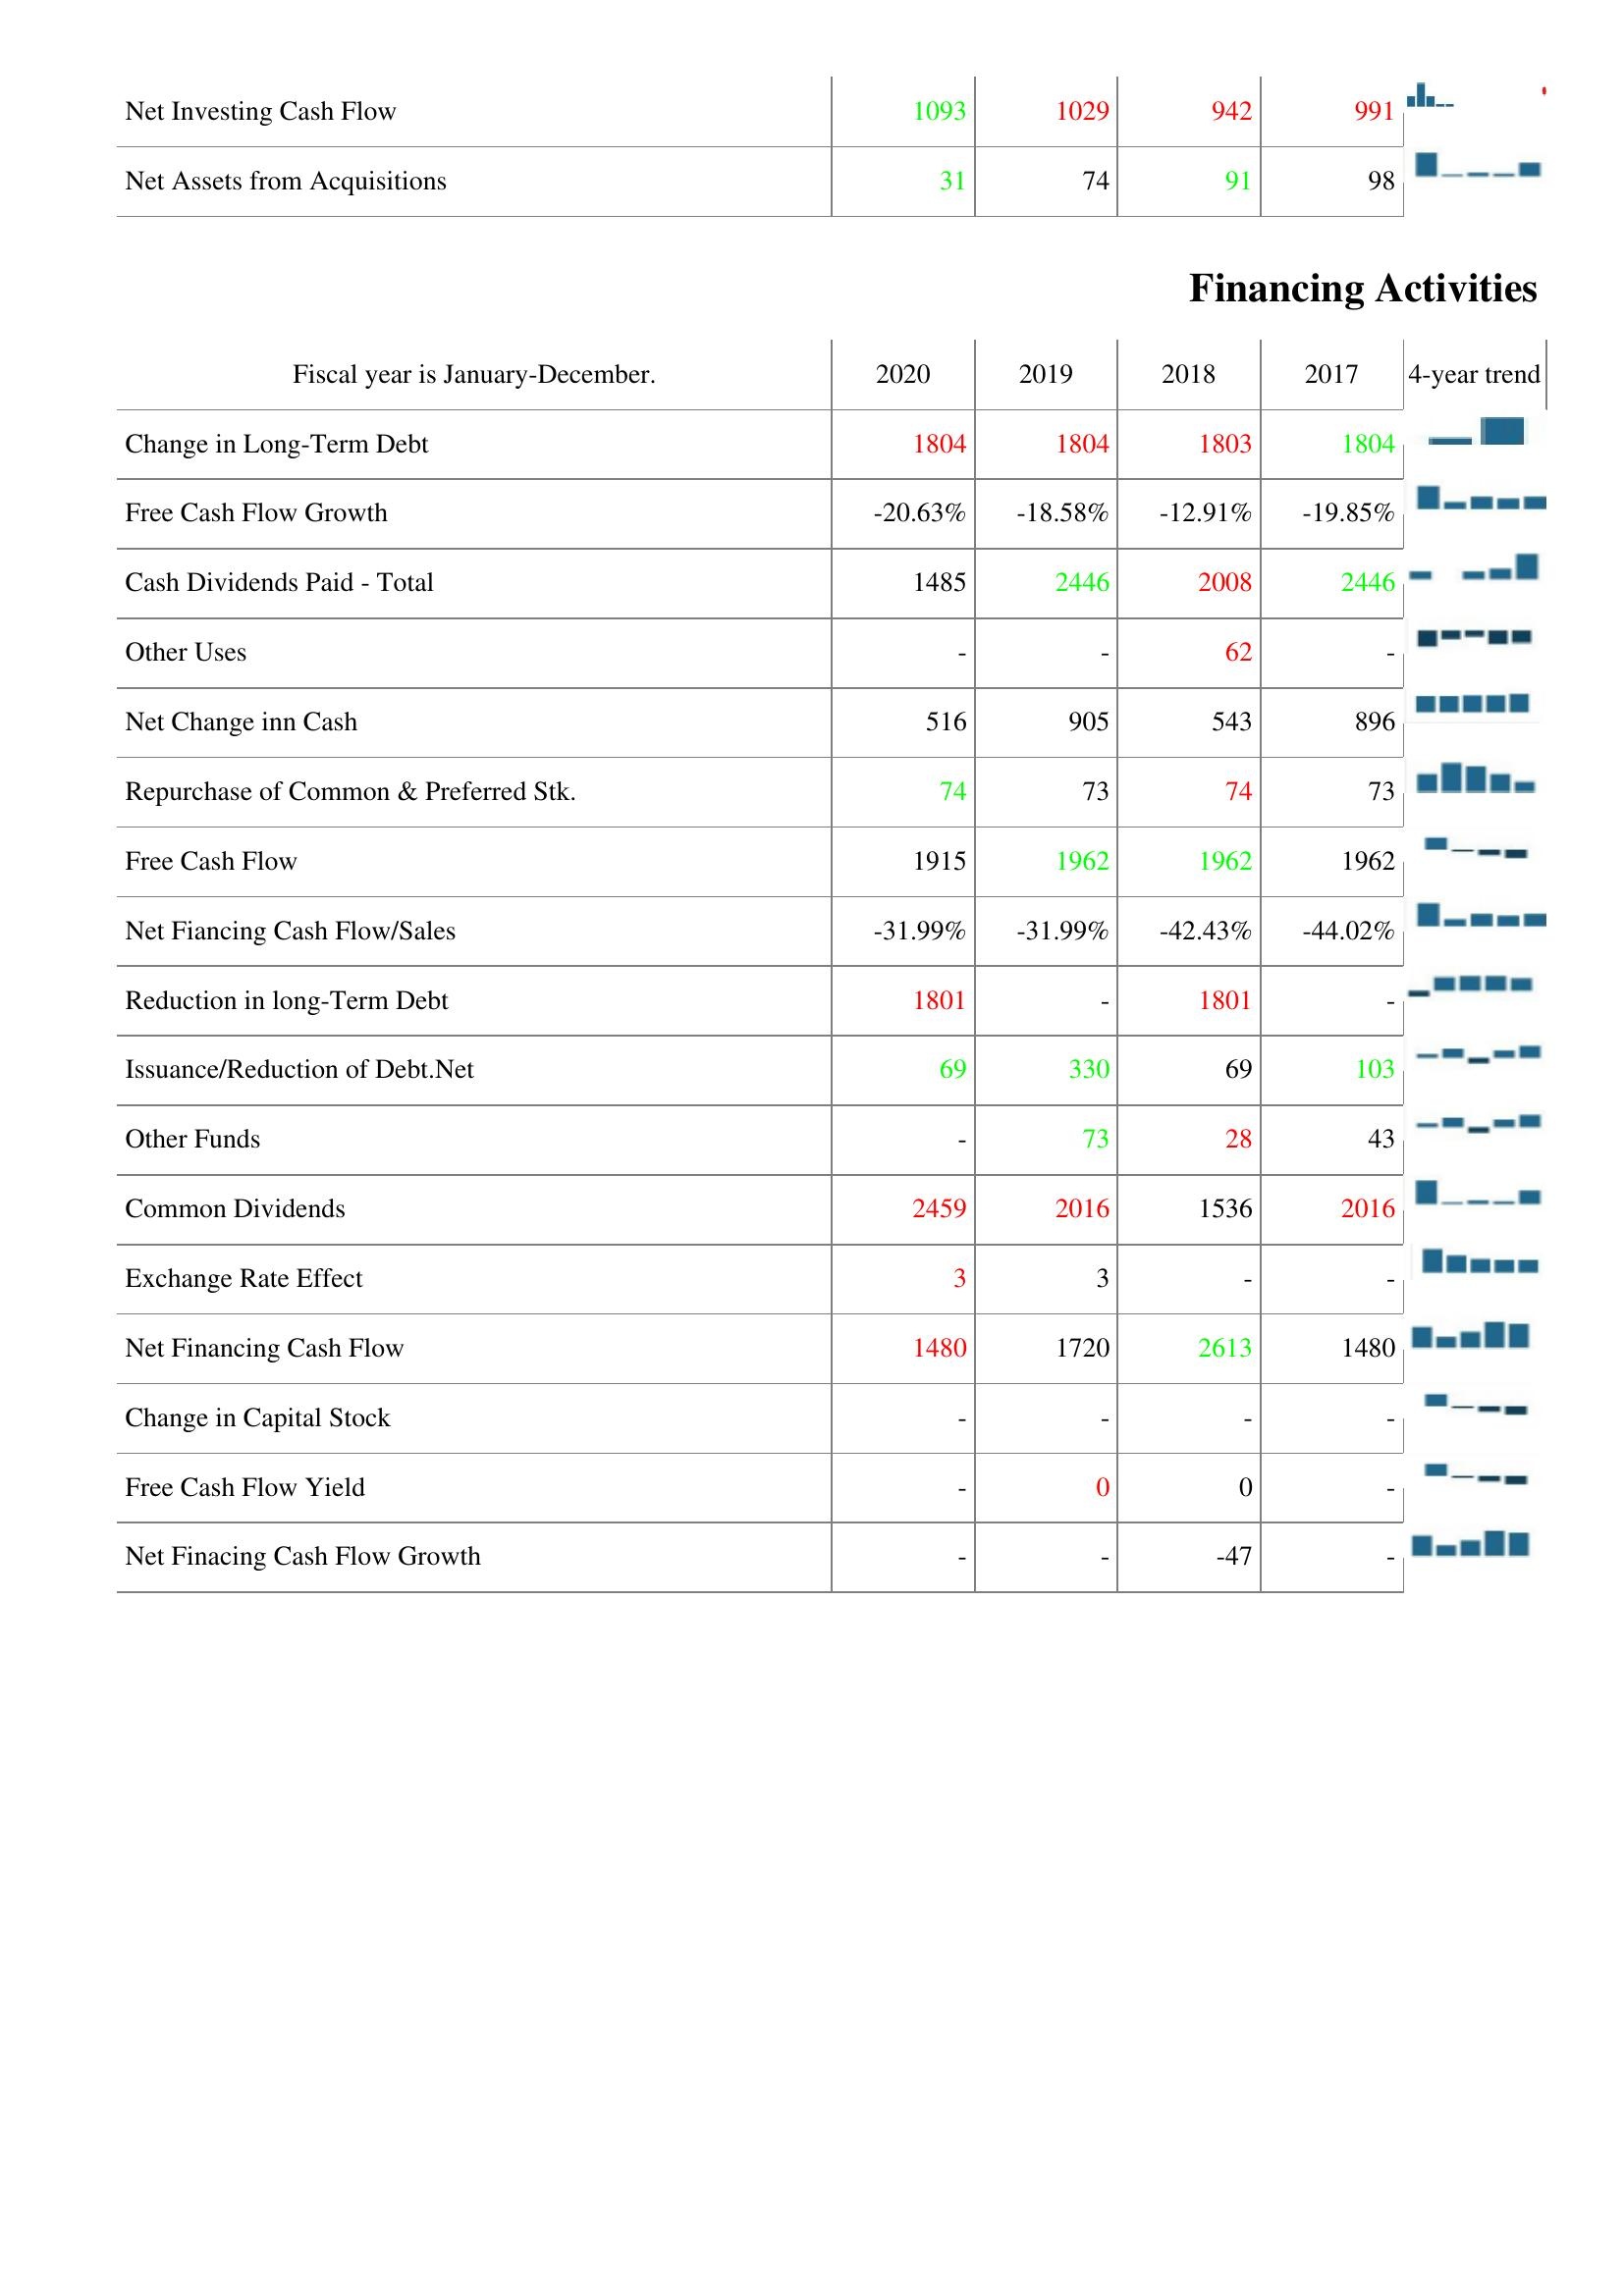
2020: Investing Activities: Net Investing Cash Flow: 1093
Net Assets from Acquisitions: 31
Financing Activities: Change in Long-Term Debt: 1804
Free Cash Flow Growth: -20.63%
Cash Dividends Paid - Total: 1485
Other Uses: -
Net Change inn Cash: 516
Repurchase of Common & Preferred Stk.: 74
Free Cash Flow: 1915
Net Fiancing Cash Flow/Sales: -31.99%
Reduction in long-Term Debt: 1801
Issuance/Reduction of Debt.Net: 69
Other Funds: -
Common Dividends: 2459
Exchange Rate Effect: 3
Net Financing Cash Flow: 1480
Change in Capital Stock: -
Free Cash Flow Yield: -
Net Finacing Cash Flow Growth: -
2019: Investing Activities: Net Investing Cash Flow: 1029
Net Assets from Acquisitions: 74
Financing Activities: Change in Long-Term Debt: 1804
Free Cash Flow Growth: -18.58%
Cash Dividends Paid - Total: 2446
Other Uses: -
Net Change inn Cash: 905
Repurchase of Common & Preferred Stk.: 73
Free Cash Flow: 1962
Net Fiancing Cash Flow/Sales: -31.99%
Reduction in long-Term Debt: -
Issuance/Reduction of Debt.Net: 330
Other Funds: 73
Common Dividends: 2016
Exchange Rate Effect: 3
Net Financing Cash Flow: 1720
Change in Capital Stock: -
Free Cash Flow Yield: 0
Net Finacing Cash Flow Growth: -
2018: Investing Activities: Net Investing Cash Flow: 942
Net Assets from Acquisitions: 91
Financing Activities: Change in Long-Term Debt: 1803
Free Cash Flow Growth: -12.91%
Cash Dividends Paid - Total: 2008
Other Uses: 62
Net Change inn Cash: 543
Repurchase of Common & Preferred Stk.: 74
Free Cash Flow: 1962
Net Fiancing Cash Flow/Sales: -42.43%
Reduction in long-Term Debt: 1801
Issuance/Reduction of Debt.Net: 69
Other Funds: 28
Common Dividends: 1536
Exchange Rate Effect: -
Net Financing Cash Flow: 2613
Change in Capital Stock: -
Free Cash Flow Yield: 0
Net Finacing Cash Flow Growth: -47
2017: Investing Activities: Net Investing Cash Flow: 991
Net Assets from Acquisitions: 98
Financing Activities: Change in Long-Term Debt: 1804
Free Cash Flow Growth: -19.85%
Cash Dividends Paid - Total: 2446
Other Uses: -
Net Change inn Cash: 896
Repurchase of Common & Preferred Stk.: 73
Free Cash Flow: 1962
Net Fiancing Cash Flow/Sales: -44.02%
Reduction in long-Term Debt: -
Issuance/Reduction of Debt.Net: 103
Other Funds: 43
Common Dividends: 2016
Exchange Rate Effect: -
Net Financing Cash Flow: 1480
Change in Capital Stock: -
Free Cash Flow Yield: -
Net Finacing Cash Flow Growth: -